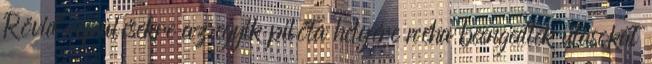
Rövid repülésekre az egyik pilóta helyére néha beengedtek utasokat